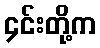
၄င်းတို့က